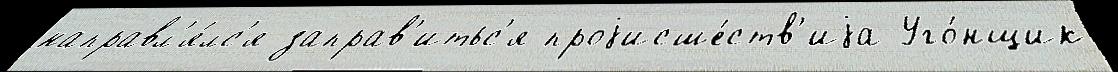
направл'я́лс'я заправ'итьс'я проjисше́ств'иjа Уго́нщик